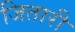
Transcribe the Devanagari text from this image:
जितारी